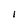
Character: l